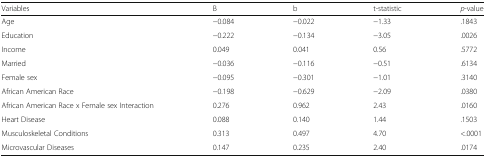
<table><thead><tr><td><b>Variables</b></td><td><b>B</b></td><td><b>b</b></td><td><b>t-statistic</b></td><td><b><i>p</i>-value</b></td></tr></thead><tbody><tr><td>Age</td><td>−0.084</td><td>−0.022</td><td>−1.33</td><td>.1843</td></tr><tr><td>Education</td><td>−0.222</td><td>−0.134</td><td>−3.05</td><td>.0026</td></tr><tr><td>Income</td><td>0.049</td><td>0.041</td><td>0.56</td><td>.5772</td></tr><tr><td>Married</td><td>−0.036</td><td>−0.116</td><td>−0.51</td><td>.6134</td></tr><tr><td>Female sex</td><td>−0.095</td><td>−0.301</td><td>−1.01</td><td>.3140</td></tr><tr><td>African American Race</td><td>−0.198</td><td>−0.629</td><td>−2.09</td><td>.0380</td></tr><tr><td>African American Race x Female sex Interaction</td><td>0.276</td><td>0.962</td><td>2.43</td><td>.0160</td></tr><tr><td>Heart Disease</td><td>0.088</td><td>0.140</td><td>1.44</td><td>.1503</td></tr><tr><td>Musculoskeletal Conditions</td><td>0.313</td><td>0.497</td><td>4.70</td><td>&lt;.0001</td></tr><tr><td>Microvascular Diseases</td><td>0.147</td><td>0.235</td><td>2.40</td><td>.0174</td></tr></tbody></table>